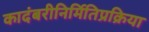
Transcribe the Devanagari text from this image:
कादंबरीनिर्मितिप्रक्रिया